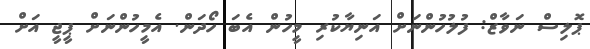
ޕޮލިސް ނަވާޒް: ފުލުހުންނަށް އަނިޔާކުރި މީހުން އެބަ ހޯދަން. އެމީހުންނަށް ޕީޖީ އަށް